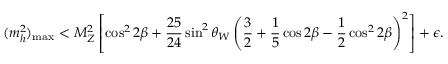
( m _ { h } ^ { 2 } ) _ { \mathrm { m a x } } < M _ { Z } ^ { 2 } \left[ \cos ^ { 2 } 2 \beta + { \frac { 2 5 } { 2 4 } } \sin ^ { 2 } \theta _ { W } \left( { \frac { 3 } { 2 } } + { \frac { 1 } { 5 } } \cos 2 \beta - { \frac { 1 } { 2 } } \cos ^ { 2 } 2 \beta \right) ^ { 2 } \right] + \epsilon .